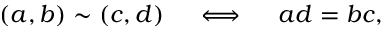
( a , b ) \sim ( c , d ) \quad \iff \quad a d = b c ,